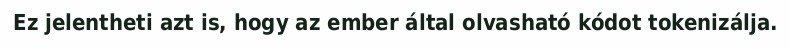
Ez jelentheti azt is, hogy az ember által olvasható kódot tokenizálja.